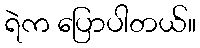
ရဲက ပြောပါတယ်။